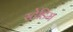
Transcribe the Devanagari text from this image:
स्टेडिम